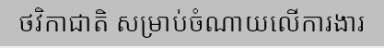
ថវិកាជាតិ សម្រាប់ចំណាយលើការងារ